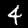
Label: 4